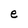
Character: e